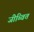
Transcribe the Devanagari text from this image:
जीब्वित